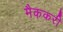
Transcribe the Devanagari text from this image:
मैककरी